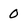
Character: 0